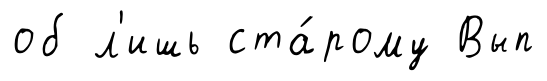
об л'ишь ста́рому Вып